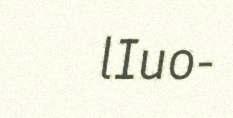
lIuo-